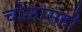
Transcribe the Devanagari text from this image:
चोळासही